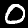
Label: 0